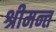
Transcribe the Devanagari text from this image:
श्रीमन्त